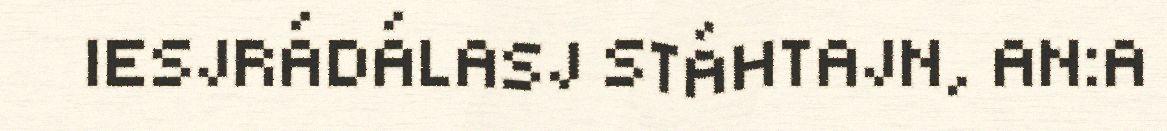
IESJRÁDÁLASJ STÁHTAJN, AN:A